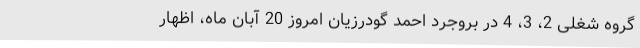
گروه شغلی 2، 3، 4 در بروجرد احمد گودرزیان امروز 20 آبان ماه، اظهار